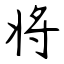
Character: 将